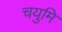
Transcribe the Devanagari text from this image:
चयुमि